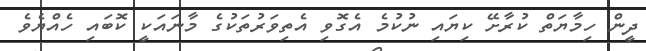
ދީން ހިމާޔަތް ކުރާށޭ ކިޔައި ނުކުމެ އެގޮވި އެތިވަރުތަކުގެ މާނައަކީ ކޮބައި ހެއްޔެވެ